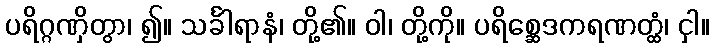
ပရိဂ္ဂဏှိတွာ၊ ၍။ သင်္ခါရာနံ၊ တို့၏။ ဝါ၊ တို့ကို။ ပရိစ္ဆေဒကရဏတ္ထံ၊ ငှါ။